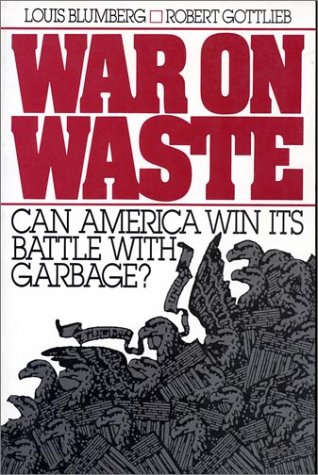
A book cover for War on Waste: Can America Win Its Battle With Garbage?; Robert Gottlieb; Science & Math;